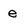
Character: e